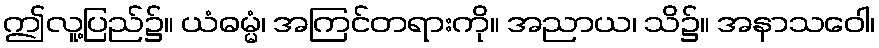
ဤလူ့ပြည်၌။ ယံဓမ္မံ၊ အကြင်တရားကို။ အညာယ၊ သိ၌။ အနာသဝေါ၊